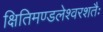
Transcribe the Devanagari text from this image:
क्षितिमण्डलेश्वरशतैः